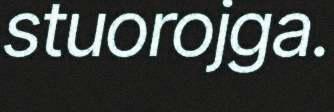
stuorojga.